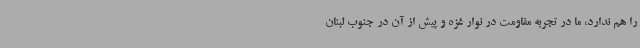
را هم ندارد، ما در تجربه مقاومت در نوار غزه و پیش از آن در جنوب لبنان